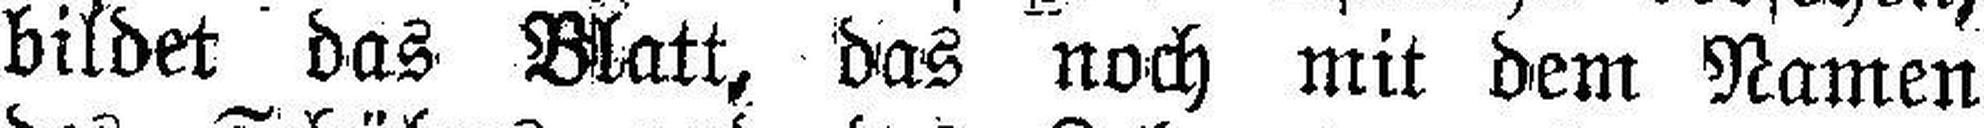
bildet das Blatt, das noch mit dem Namen